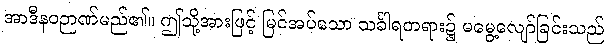
အာဒီနဝဉာဏ်မည်၏။ ဤသို့အားဖြင့် မြင်အပ်သော သင်္ခါရတရား၌ မမွေ့လျော်ခြင်းသည်